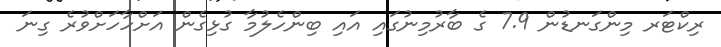
ރިކްޓަރ މިންގަނޑުން 7.9 ގެ ބާރުމިނުގައި އައި ބިންހެލުމާ ގުޅިގެން އަށްހާހަށްވުރެ ގިނަ